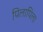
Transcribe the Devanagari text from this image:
पिलापिला